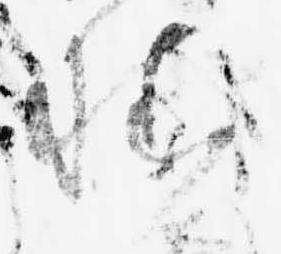
様